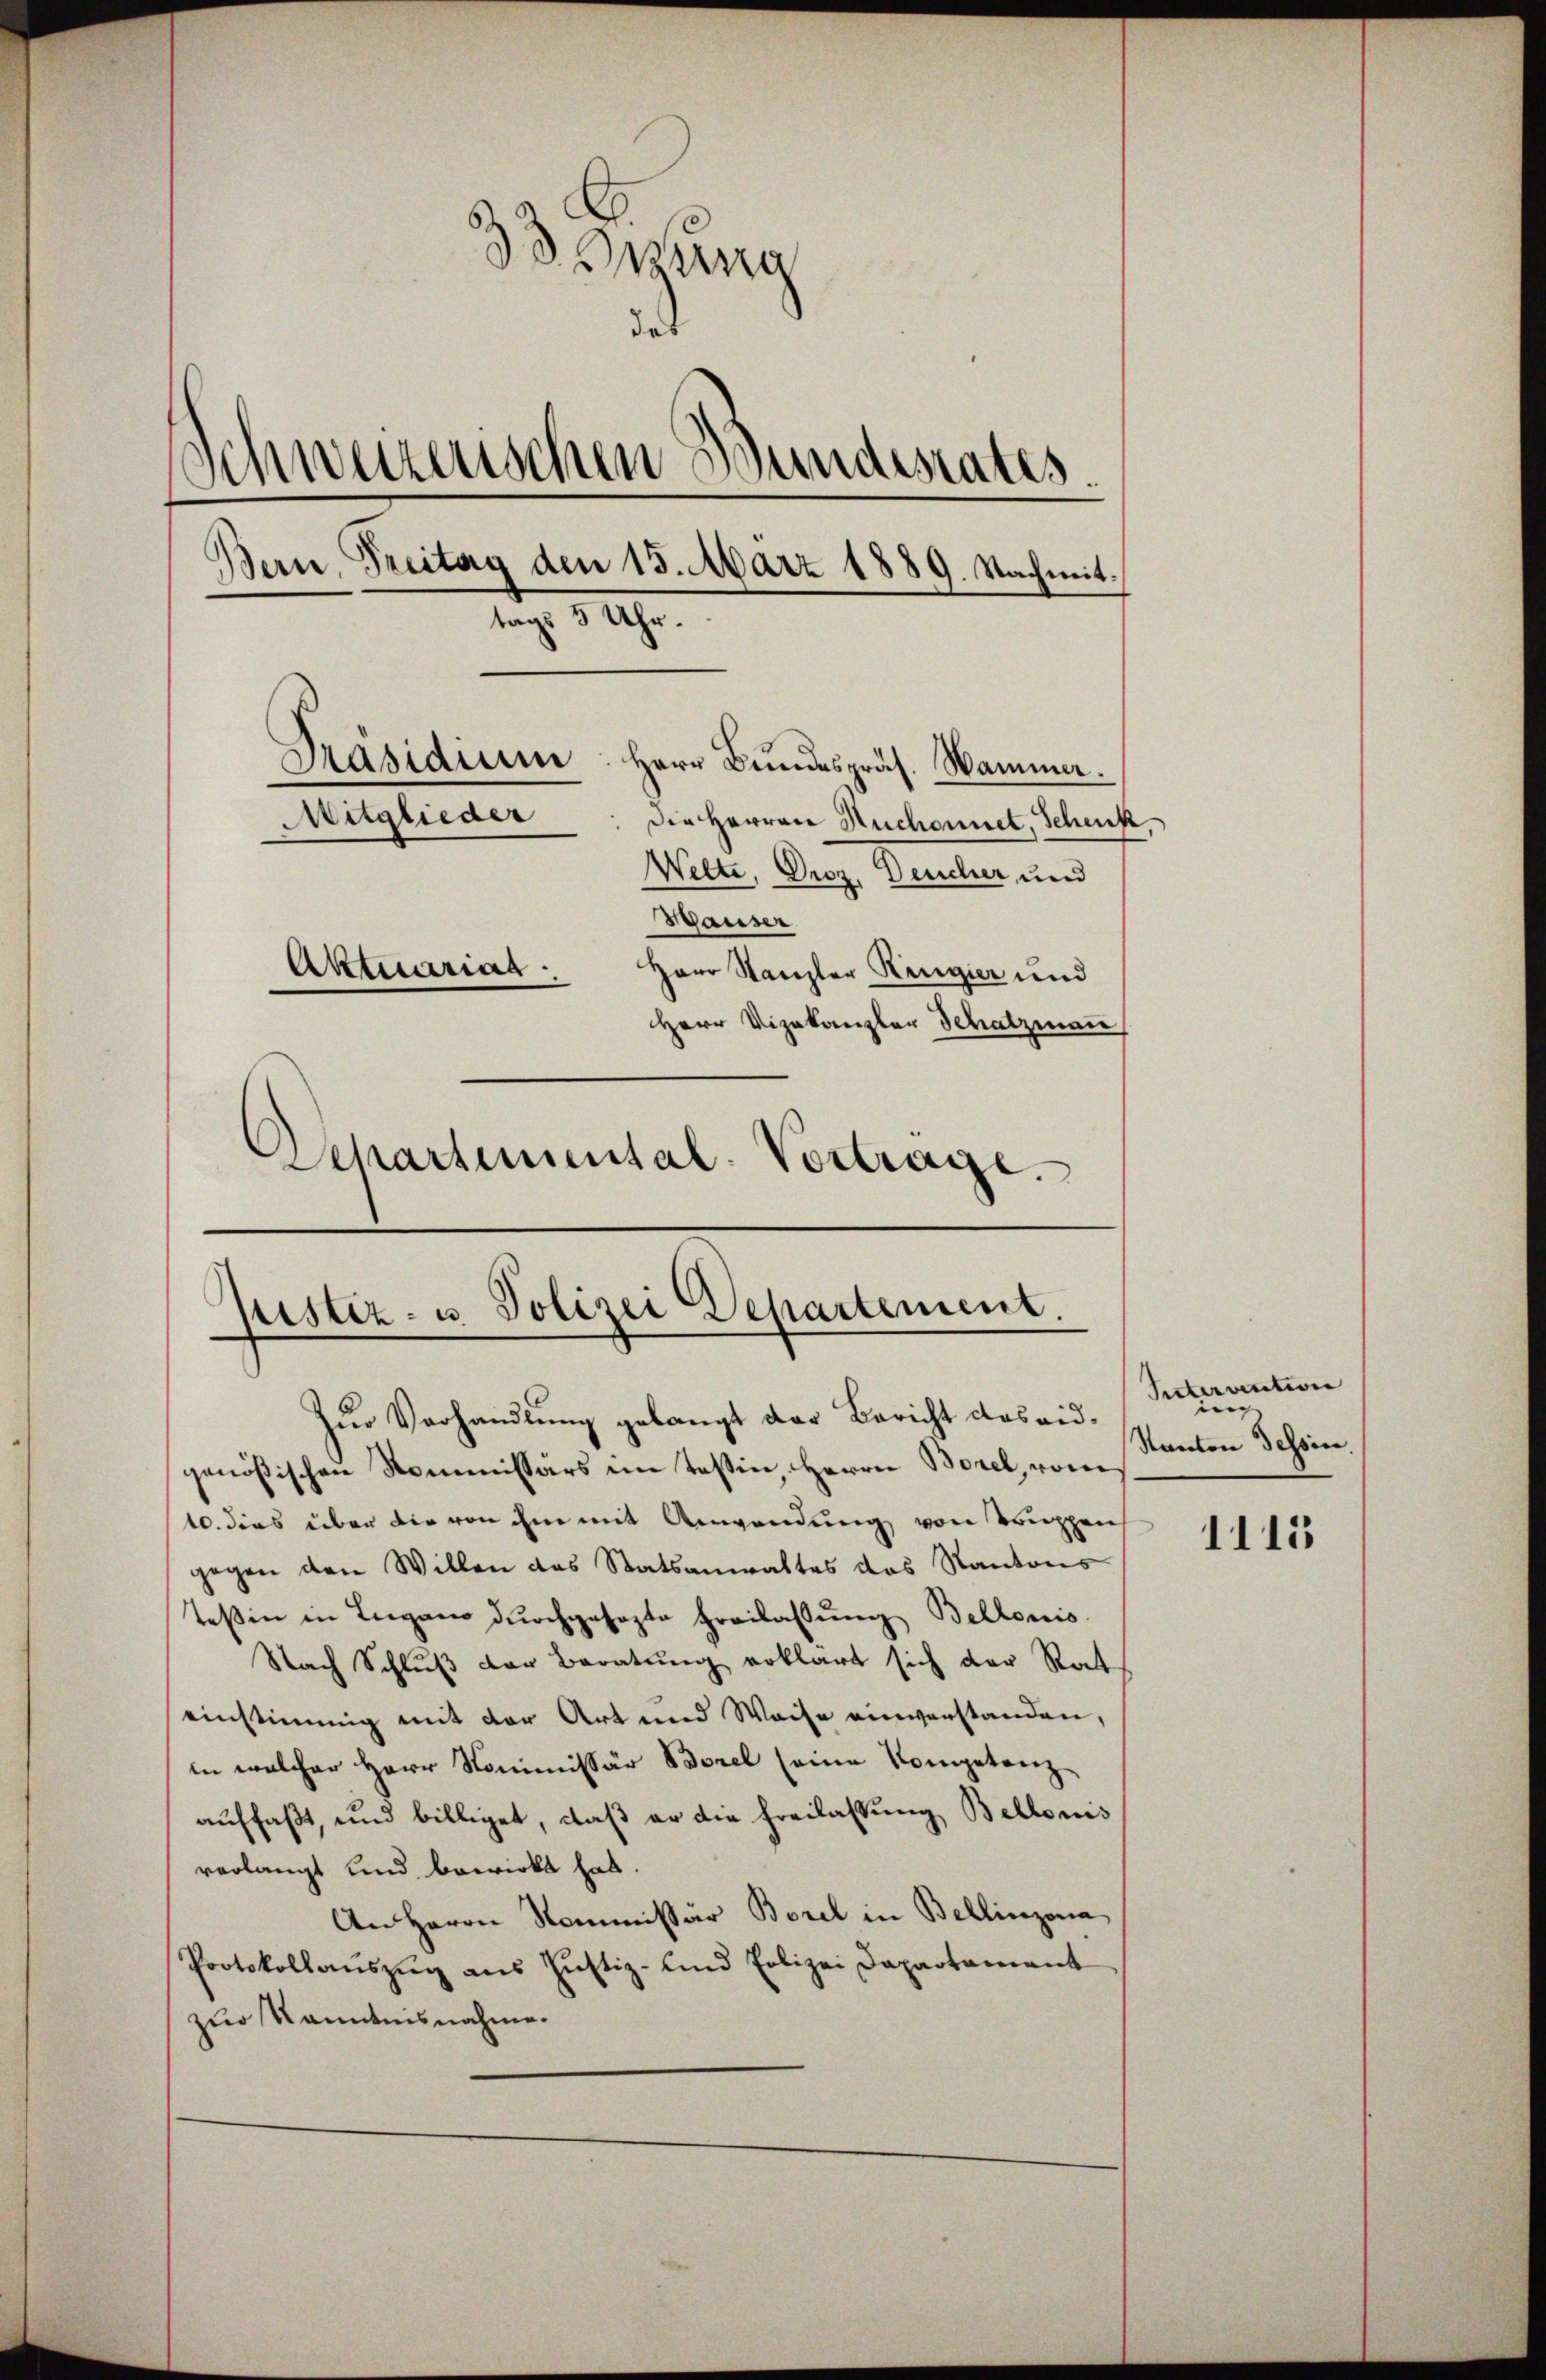
33 stung
des
Schweizerischen Bundesrates.
Bern, Freitag den 15. März 1889. Nachmit
tags 3 Uhr.
Präsidium. Herr Bundespräs. Hammer.
Mitglieder: die Herren Ruchonnet, Schenk
Welte, Droz. Deucher, und
Wauser
Aktenariat
Herr Stanzler Ringier und
Herr Vizekanzler Schatzmann
Departemental-Vortrage.

Justiz- u. Polizei Departement.
zur Verhandlung gelangt der Bericht das eid¬

genößischen Kommissärs im Teßin, Herrn Borel, vom
10. dies über die von ihm mit Anwendung von Truppen
gegen den Willen das Statsanwaltes das Kantons-
Teßin in Lugano dŭrchgesezte Freilassŭng Bellonis
Nach Schlŭβ der Beratŭng erklärt sich der Stat
einstimmig mit der Art und Weise einverstanden,
in welcher Herr Kommissär Borel seine Kompetenz-
auffaßt, und billiget, daß er die Freilassung Bellonis
verlangt und bewirkt hat.
An Herrn Kommissär Borel in Bellinzona
Protokollaŭszŭg aŭs Jŭstiz- und Polizei Dapartamant
zur Kenntnisnahme.

Intervention
Kanton Tessin.

1115